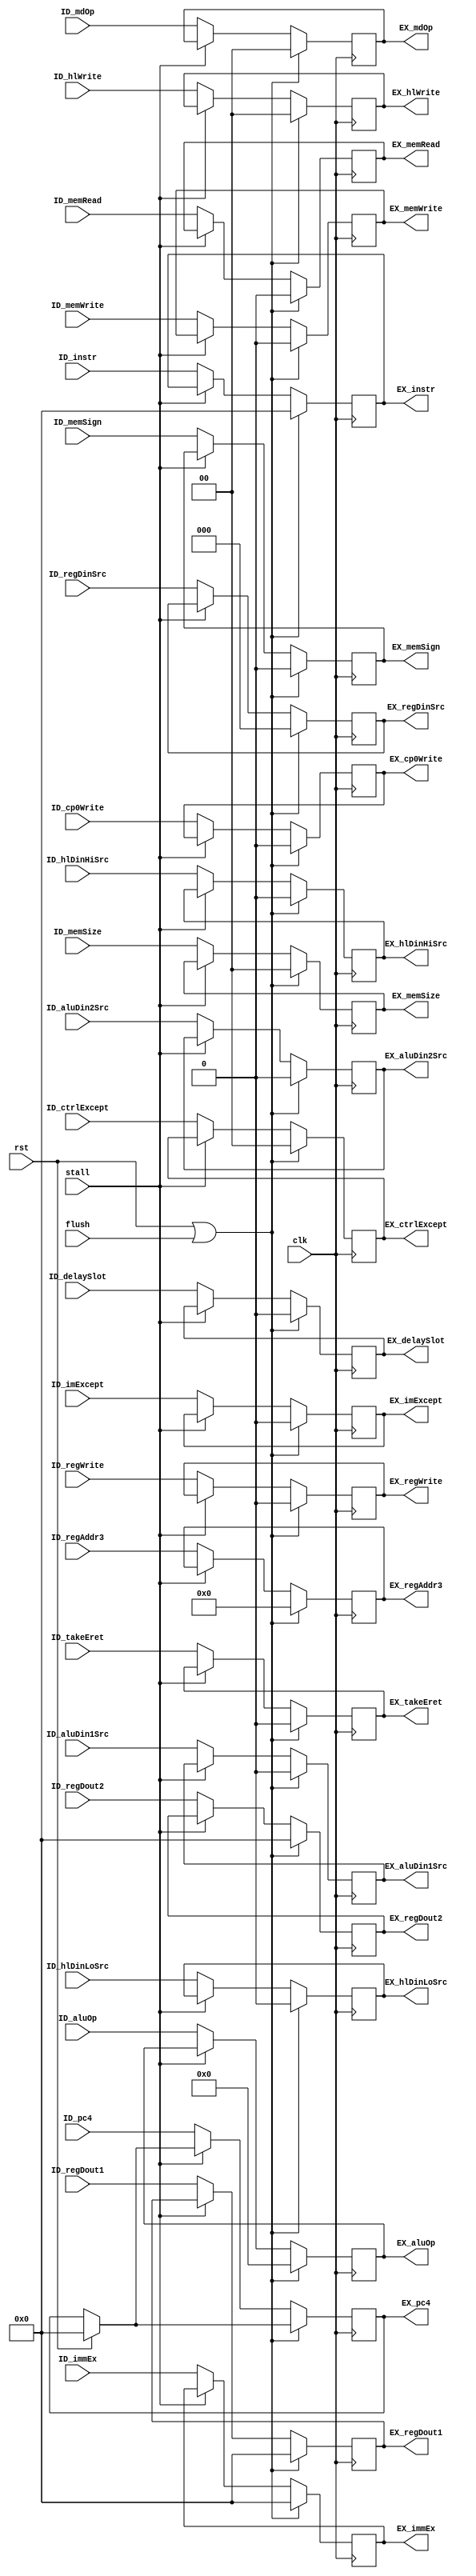
// This file is automatically generated by Script.py.

module ID_EX(
    input         clk,
    input         rst,
    input         flush,
    input         stall,
    input  [31:0] ID_pc4,
    input  [31:0] ID_instr,
    input  [31:0] ID_regDout1,
    input  [31:0] ID_regDout2,
    input  [31:0] ID_immEx,
    input  [ 4:0] ID_regAddr3,
    input         ID_imExcept,
    input  [ 1:0] ID_ctrlExcept,
    input         ID_delaySlot,
    input  [ 3:0] ID_aluOp,
    input         ID_aluDin1Src,
    input         ID_aluDin2Src,
    input  [ 1:0] ID_mdOp,
    input         ID_memWrite,
    input         ID_memRead,
    input  [ 1:0] ID_memSize,
    input         ID_memSign,
    input         ID_regWrite,
    input  [ 2:0] ID_regDinSrc,
    input         ID_cp0Write,
    input  [ 1:0] ID_hlWrite,
    input         ID_hlDinHiSrc,
    input         ID_hlDinLoSrc,
    input         ID_takeEret,
    output [31:0] EX_pc4,
    output [31:0] EX_instr,
    output [31:0] EX_regDout1,
    output [31:0] EX_regDout2,
    output [31:0] EX_immEx,
    output [ 4:0] EX_regAddr3,
    output        EX_imExcept,
    output [ 1:0] EX_ctrlExcept,
    output        EX_delaySlot,
    output [ 3:0] EX_aluOp,
    output        EX_aluDin1Src,
    output        EX_aluDin2Src,
    output [ 1:0] EX_mdOp,
    output        EX_memWrite,
    output        EX_memRead,
    output [ 1:0] EX_memSize,
    output        EX_memSign,
    output        EX_regWrite,
    output [ 2:0] EX_regDinSrc,
    output        EX_cp0Write,
    output [ 1:0] EX_hlWrite,
    output        EX_hlDinHiSrc,
    output        EX_hlDinLoSrc,
    output        EX_takeEret
);
    reg    [31:0] pc4Reg;
    reg    [31:0] instrReg;
    reg    [31:0] regDout1Reg;
    reg    [31:0] regDout2Reg;
    reg    [31:0] immExReg;
    reg    [ 4:0] regAddr3Reg;
    reg           imExceptReg;
    reg    [ 1:0] ctrlExceptReg;
    reg           delaySlotReg;
    reg    [ 3:0] aluOpReg;
    reg           aluDin1SrcReg;
    reg           aluDin2SrcReg;
    reg    [ 1:0] mdOpReg;
    reg           memWriteReg;
    reg           memReadReg;
    reg    [ 1:0] memSizeReg;
    reg           memSignReg;
    reg           regWriteReg;
    reg    [ 2:0] regDinSrcReg;
    reg           cp0WriteReg;
    reg    [ 1:0] hlWriteReg;
    reg           hlDinHiSrcReg;
    reg           hlDinLoSrcReg;
    reg           takeEretReg;

    always @ (posedge clk)
    begin
        if (rst)
            pc4Reg <= 0;
        if (rst || flush)
        begin
            instrReg <= 0;
            regDout1Reg <= 0;
            regDout2Reg <= 0;
            immExReg <= 0;
            regAddr3Reg <= 0;
            imExceptReg <= 0;
            ctrlExceptReg <= 0;
            delaySlotReg <= 0;
            aluOpReg <= 0;
            aluDin1SrcReg <= 0;
            aluDin2SrcReg <= 0;
            mdOpReg <= 0;
            memWriteReg <= 0;
            memReadReg <= 0;
            memSizeReg <= 0;
            memSignReg <= 0;
            regWriteReg <= 0;
            regDinSrcReg <= 0;
            cp0WriteReg <= 0;
            hlWriteReg <= 0;
            hlDinHiSrcReg <= 0;
            hlDinLoSrcReg <= 0;
            takeEretReg <= 0;
        end
        else if (!stall)
        begin
            pc4Reg <= ID_pc4;
            instrReg <= ID_instr;
            regDout1Reg <= ID_regDout1;
            regDout2Reg <= ID_regDout2;
            immExReg <= ID_immEx;
            regAddr3Reg <= ID_regAddr3;
            imExceptReg <= ID_imExcept;
            ctrlExceptReg <= ID_ctrlExcept;
            delaySlotReg <= ID_delaySlot;
            aluOpReg <= ID_aluOp;
            aluDin1SrcReg <= ID_aluDin1Src;
            aluDin2SrcReg <= ID_aluDin2Src;
            mdOpReg <= ID_mdOp;
            memWriteReg <= ID_memWrite;
            memReadReg <= ID_memRead;
            memSizeReg <= ID_memSize;
            memSignReg <= ID_memSign;
            regWriteReg <= ID_regWrite;
            regDinSrcReg <= ID_regDinSrc;
            cp0WriteReg <= ID_cp0Write;
            hlWriteReg <= ID_hlWrite;
            hlDinHiSrcReg <= ID_hlDinHiSrc;
            hlDinLoSrcReg <= ID_hlDinLoSrc;
            takeEretReg <= ID_takeEret;
        end
    end

    assign EX_pc4 = pc4Reg;
    assign EX_instr = instrReg;
    assign EX_regDout1 = regDout1Reg;
    assign EX_regDout2 = regDout2Reg;
    assign EX_immEx = immExReg;
    assign EX_regAddr3 = regAddr3Reg;
    assign EX_imExcept = imExceptReg;
    assign EX_ctrlExcept = ctrlExceptReg;
    assign EX_delaySlot = delaySlotReg;
    assign EX_aluOp = aluOpReg;
    assign EX_aluDin1Src = aluDin1SrcReg;
    assign EX_aluDin2Src = aluDin2SrcReg;
    assign EX_mdOp = mdOpReg;
    assign EX_memWrite = memWriteReg;
    assign EX_memRead = memReadReg;
    assign EX_memSize = memSizeReg;
    assign EX_memSign = memSignReg;
    assign EX_regWrite = regWriteReg;
    assign EX_regDinSrc = regDinSrcReg;
    assign EX_cp0Write = cp0WriteReg;
    assign EX_hlWrite = hlWriteReg;
    assign EX_hlDinHiSrc = hlDinHiSrcReg;
    assign EX_hlDinLoSrc = hlDinLoSrcReg;
    assign EX_takeEret = takeEretReg;

endmodule